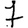
Digit: 7